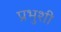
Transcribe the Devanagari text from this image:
प्रभुशी